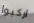
اركبوا